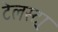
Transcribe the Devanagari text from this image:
टेलस्ट्रा